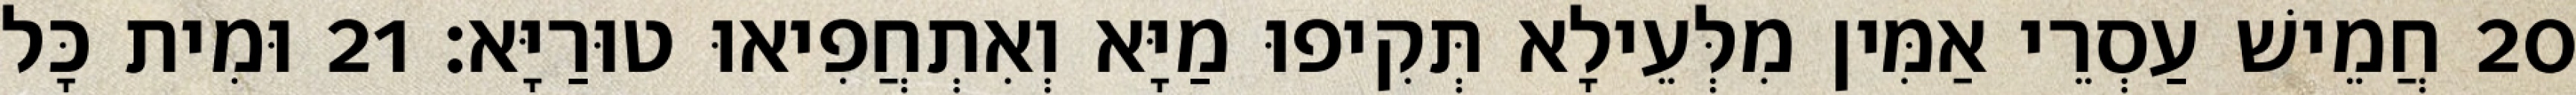
20 חֲמֵישׁ עַסְרֵי אַמִּין מִלְּעֵילָא תְּקִיפוּ מַיָּא וְאִתְחֲפִיאוּ טוּרַיָּא׃ 21 וּמִית כָּל